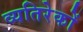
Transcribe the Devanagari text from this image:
व्यतिरेकों